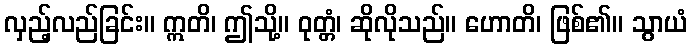
လှည့်လည်ခြင်း။ ဣတိ၊ ဤသို့။ ဝုတ္တံ၊ ဆိုလိုသည်။ ဟောတိ၊ ဖြစ်၏။ သွာယံ